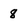
Character: 8